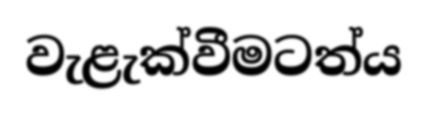
වැළැක්වීමටත්ය